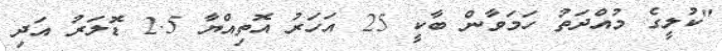
"ކުލީގެ މުއްދަތު ހަމަވާން ބާކީ 25 އަހަރު އޮތިއްޔާ 2.5 ޑޮލަރު އަދި